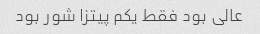
عالی بود فقط یکم پیتزا شور بود